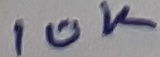
Text: 10K